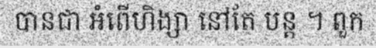
បានជា អំពើហិង្សា នៅតែ បន្ត ។ ពួក